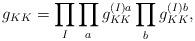
LaTeX: \begin{align*} g_{KK}=\prod_I\prod_a g_{KK}^{(I)a} \prod_b g_{KK}^{(I)b},\end{align*}